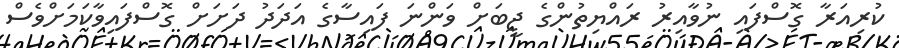
ކުރިއަރާ ގޮސްފައި ނުވާއިރު ރައްޔިތުންގެ ޖީބަށް ވަންނަ ފައިސާގެ އަދަދު ދަށަށް ގޮސްފައިވާކަމަށްވެސް